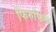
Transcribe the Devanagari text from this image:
फिरुफिरू